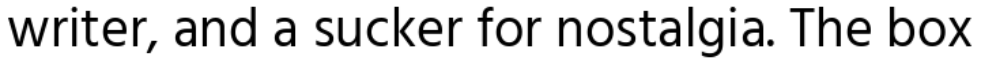
writer, and a sucker for nostalgia. The box